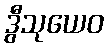
ဒွီသုယေဝ